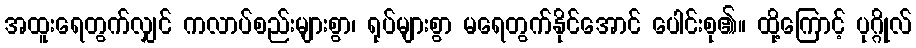
အထူးရေတွက်လျှင် ကလာပ်စည်းများစွာ၊ ရုပ်များစွာ မရေတွက်နိုင်အောင် ပေါင်းစု၏။ ထို့ကြောင့် ပုဂ္ဂိုလ်